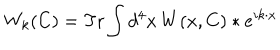
W _ { k } ( C ) = \mathrm { T r } \int d ^ { 4 } x \, W ( x , C ) \ast e ^ { i k \cdot x }